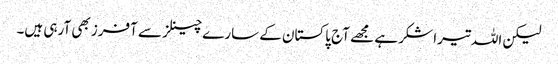
لیکن اللہ تیرا شکر ہے مجھے آج پاکستان کے سارے چینلز سے آفرز بھی آرہی ہیں۔